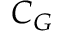
C _ { G }